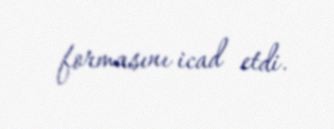
formasını icad etdi.